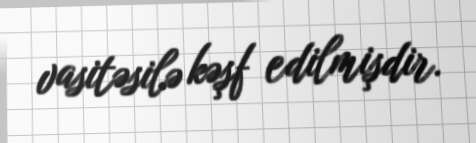
vasitəsilə kəşf edilmişdir.